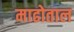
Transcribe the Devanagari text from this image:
माढोताल